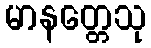
မာနတ္တေသု